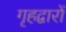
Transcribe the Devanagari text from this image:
गृहद्वारों